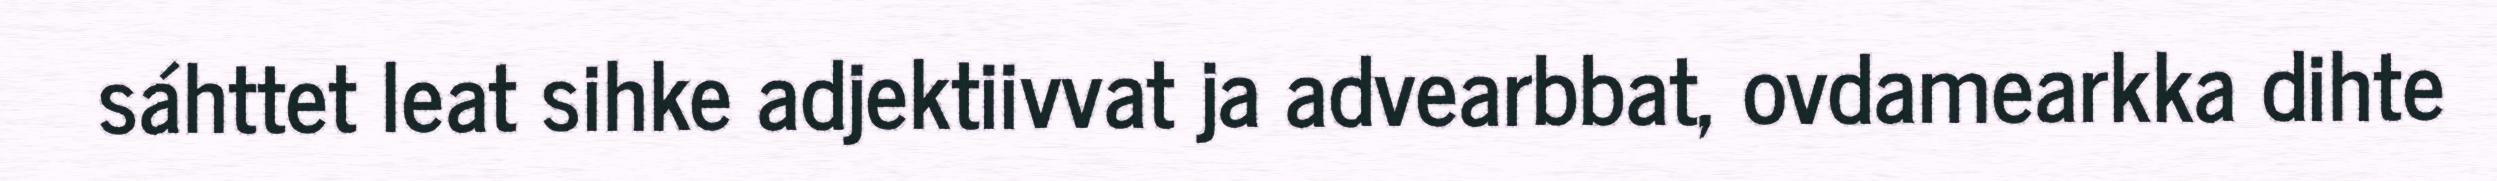
sáhttet leat sihke adjektiivvat ja advearbbat, ovdamearkka dihte